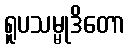
ရူပသမ္မုဒိတော